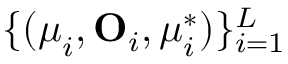
\{ ( \boldsymbol { \mu } _ { i } , \mathbf O _ { i } , \boldsymbol { \mu } _ { i } ^ { * } ) \} _ { i = 1 } ^ { L }